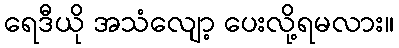
ရေဒီယို အသံလျော့ ပေးလို့ရမလား။